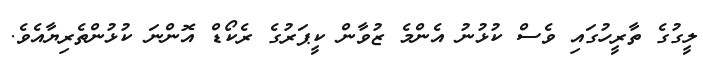
ލީގުގެ ތާރީހުގައި ވެސް ކުޅުނު އެންމެ ޒުވާން ކީޕަރުގެ ރެކޯޑް އޮންނަ ކުޅުންތެރިޔާއެވެ.